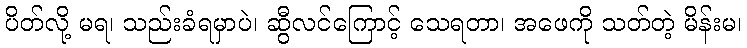
ပိတ်လို့ မရ၊ သည်းခံရမှာပဲ၊ ဆွီလင်ကြောင့် သေရတာ၊ အဖေကို သတ်တဲ့ မိန်းမ၊